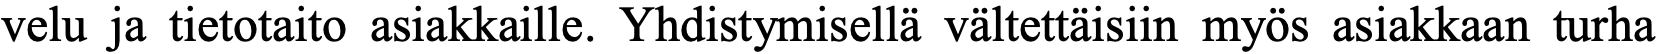
velu ja tietotaito asiakkaille. Yhdistymisellä vältettäisiin myös asiakkaan turha